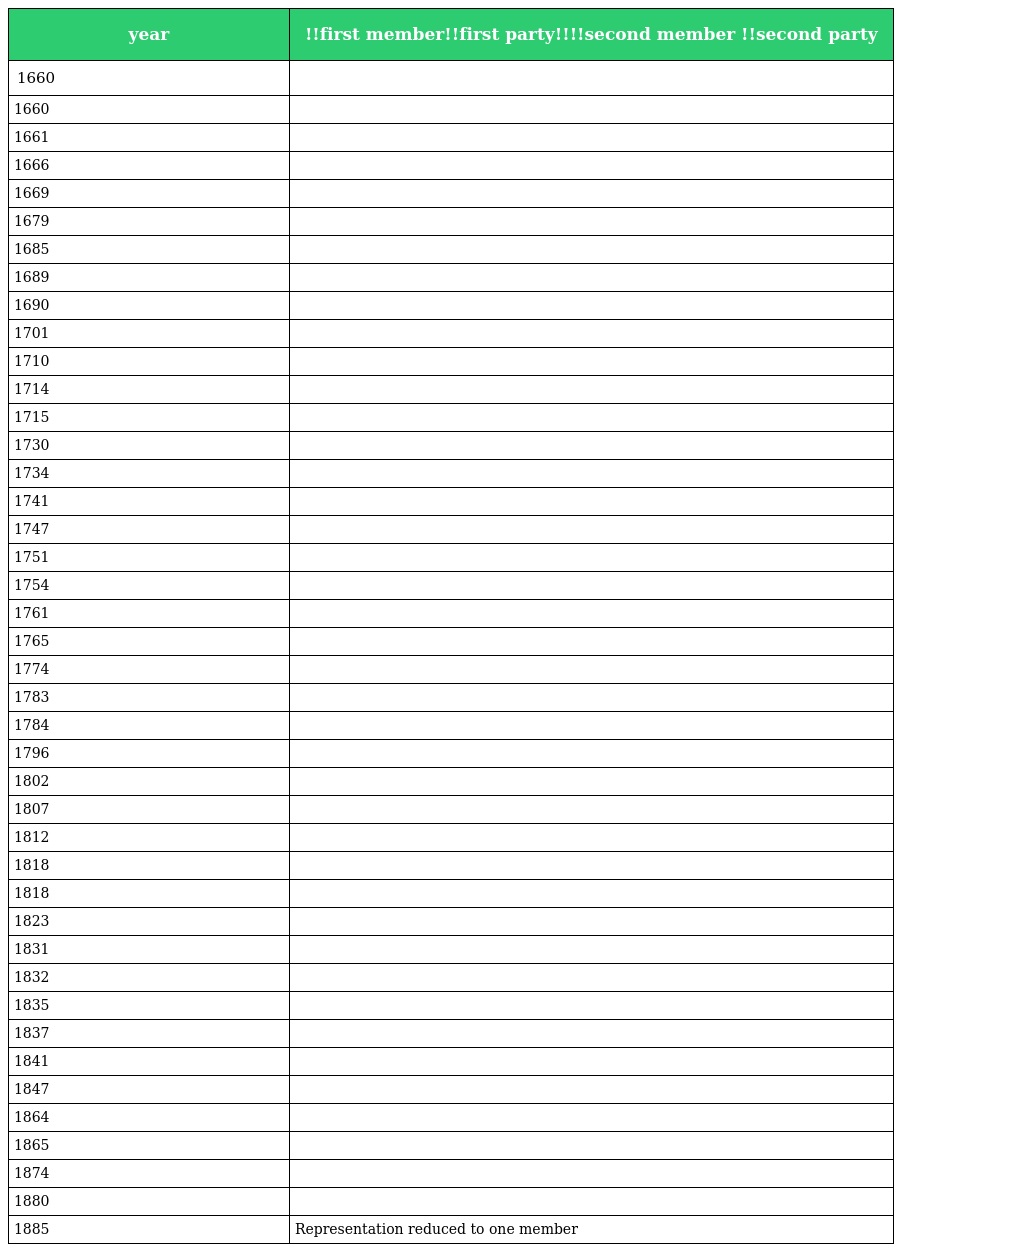
| year | !!first member!!first party!!!!second member !!second party |
 | --- | --- |
 | 1660 |  |
 | 1660 |  |
 | 1661 |  |
 | 1666 |  |
 | 1669 |  |
 | 1679 |  |
 | 1685 |  |
 | 1689 |  |
 | 1690 |  |
 | 1701 |  |
 | 1710 |  |
 | 1714 |  |
 | 1715 |  |
 | 1730 |  |
 | 1734 |  |
 | 1741 |  |
 | 1747 |  |
 | 1751 |  |
 | 1754 |  |
 | 1761 |  |
 | 1765 |  |
 | 1774 |  |
 | 1783 |  |
 | 1784 |  |
 | 1796 |  |
 | 1802 |  |
 | 1807 |  |
 | 1812 |  |
 | 1818 |  |
 | 1818 |  |
 | 1823 |  |
 | 1831 |  |
 | 1832 |  |
 | 1835 |  |
 | 1837 |  |
 | 1841 |  |
 | 1847 |  |
 | 1864 |  |
 | 1865 |  |
 | 1874 |  |
 | 1880 |  |
 | 1885 | Representation reduced to one member |